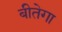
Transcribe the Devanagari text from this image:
बीतेगा